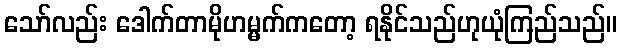
သော်လည်း ဒေါက်တာမိုဟမ္မက်ကတော့ ရနိုင်သည်ဟုယုံကြည်သည်။